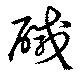
醎